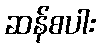
ဆန်စပါး